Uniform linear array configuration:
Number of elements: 16
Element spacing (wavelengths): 0.75
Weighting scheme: kaiser
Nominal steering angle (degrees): -15
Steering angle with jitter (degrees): -15.63
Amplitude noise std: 0.05
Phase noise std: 0.05

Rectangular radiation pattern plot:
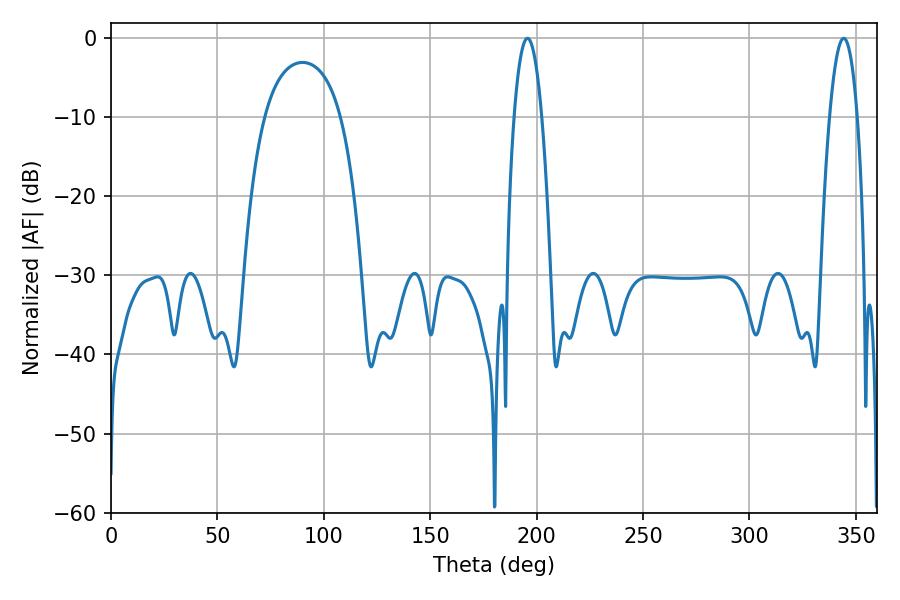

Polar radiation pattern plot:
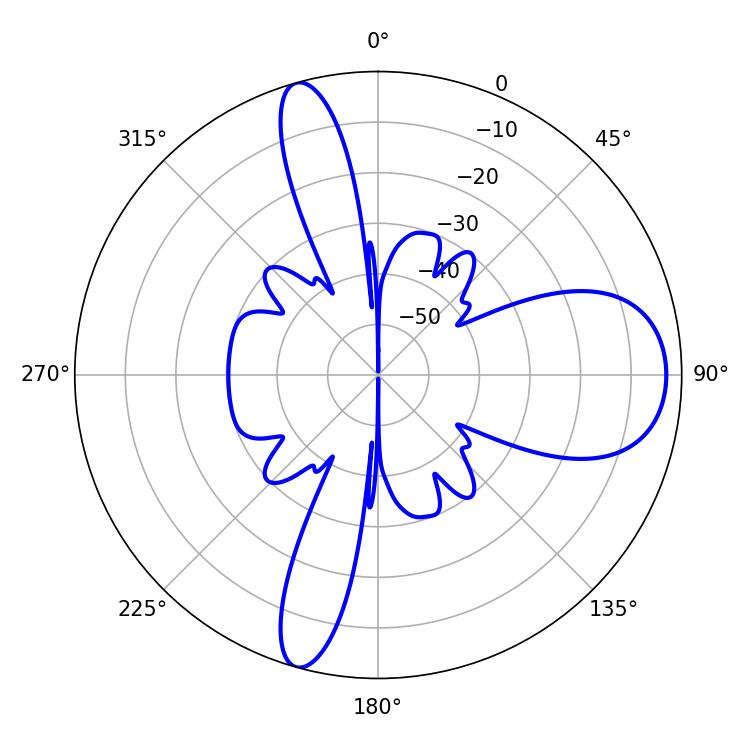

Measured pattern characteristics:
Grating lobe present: TRUE
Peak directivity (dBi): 11.408
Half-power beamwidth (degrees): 7.2
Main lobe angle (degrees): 195.66